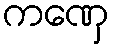
ကဏှေ